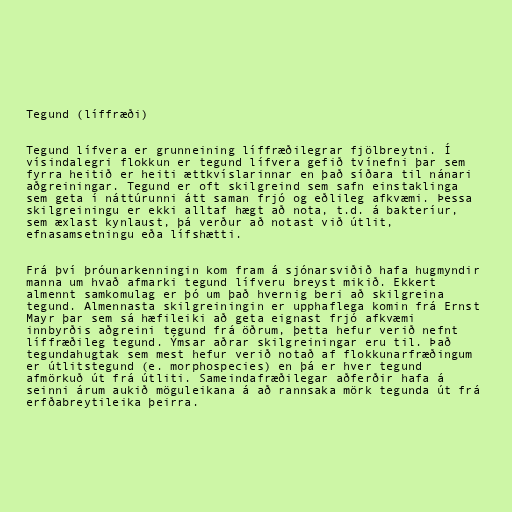
Tegund (líffræði)

Tegund lífvera er grunneining líffræðilegrar fjölbreytni. Í
vísindalegri flokkun er tegund lífvera gefið tvínefni þar sem
fyrra heitið er heiti ættkvíslarinnar en það síðara til nánari
aðgreiningar. Tegund er oft skilgreind sem safn einstaklinga
sem geta í náttúrunni átt saman frjó og eðlileg afkvæmi. Þessa
skilgreiningu er ekki alltaf hægt að nota, t.d. á bakteríur,
sem æxlast kynlaust, þá verður að notast við útlit,
efnasamsetningu eða lífshætti.

Frá því þróunarkenningin kom fram á sjónarsviðið hafa hugmyndir
manna um hvað afmarki tegund lífveru breyst mikið. Ekkert
almennt samkomulag er þó um það hvernig beri að skilgreina
tegund. Almennasta skilgreiningin er upphaflega komin frá Ernst
Mayr þar sem sá hæfileiki að geta eignast frjó afkvæmi
innbyrðis aðgreini tegund frá öðrum, þetta hefur verið nefnt
líffræðileg tegund. Ýmsar aðrar skilgreiningar eru til. Það
tegundahugtak sem mest hefur verið notað af flokkunarfræðingum
er útlitstegund (e. morphospecies) en þá er hver tegund
afmörkuð út frá útliti. Sameindafræðilegar aðferðir hafa á
seinni árum aukið möguleikana á að rannsaka mörk tegunda út frá
erfðabreytileika þeirra.